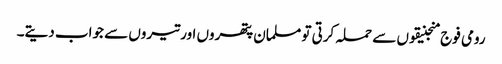
رومی فوج منجنیقوں سے حملہ کرتی تو مسلمان پتھروں اور تیروں سے جواب دیتے۔